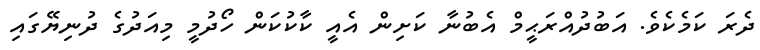
ދެރަ ކަމެކެވެ. އަބުދުއްރަޙީމް އެބުނާ ކަށިން އެއީ ކާކުކަން ހޯދުމީ މިއަދުގެ ދުނިޔޭގައި